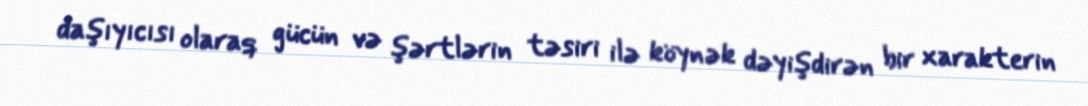
daşıyıcısı olaraq gücün və şərtlərin təsiri ilə köynək dəyişdirən bir xarakterin